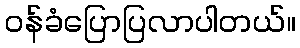
ဝန်ခံပြောပြလာပါတယ်။